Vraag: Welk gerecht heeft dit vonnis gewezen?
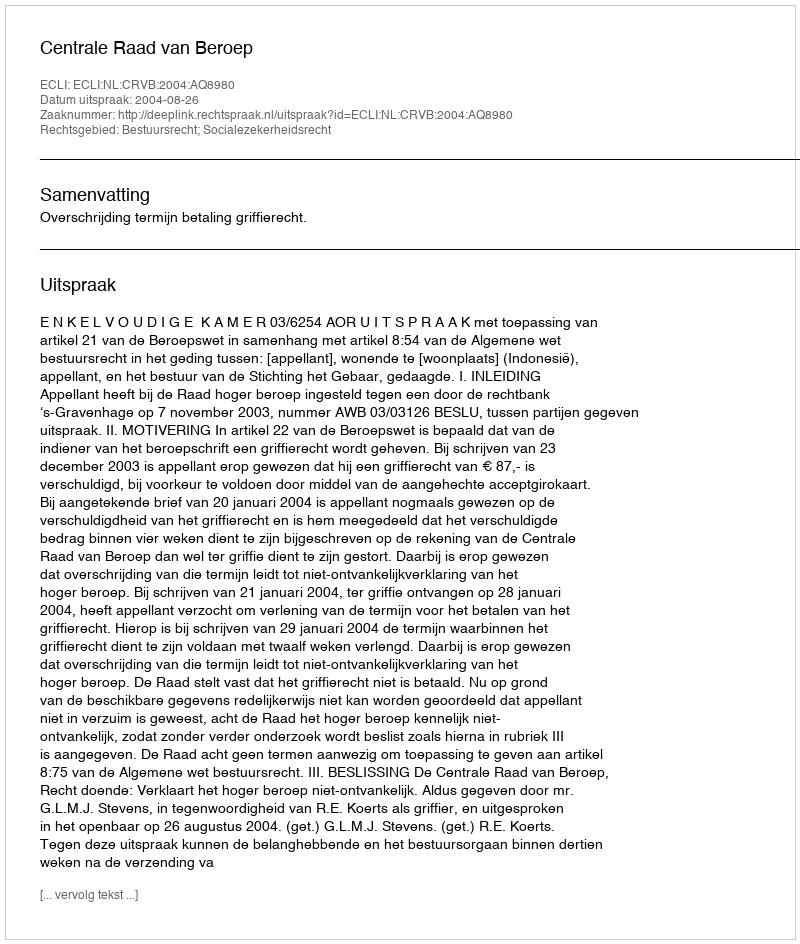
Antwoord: Centrale Raad van Beroep